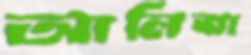
আলিশা